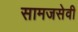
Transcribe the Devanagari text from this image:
सामजसेवी